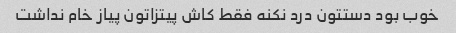
خوب بود دستتون درد نکنه فقط کاش پیتزاتون پیاز خام نداشت